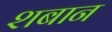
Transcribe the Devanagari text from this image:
शबान